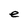
Character: e